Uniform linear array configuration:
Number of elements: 32
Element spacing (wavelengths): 0.75
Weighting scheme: kaiser
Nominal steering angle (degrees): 15
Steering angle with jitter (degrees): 14.014
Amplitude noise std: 0.05
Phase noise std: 0.05

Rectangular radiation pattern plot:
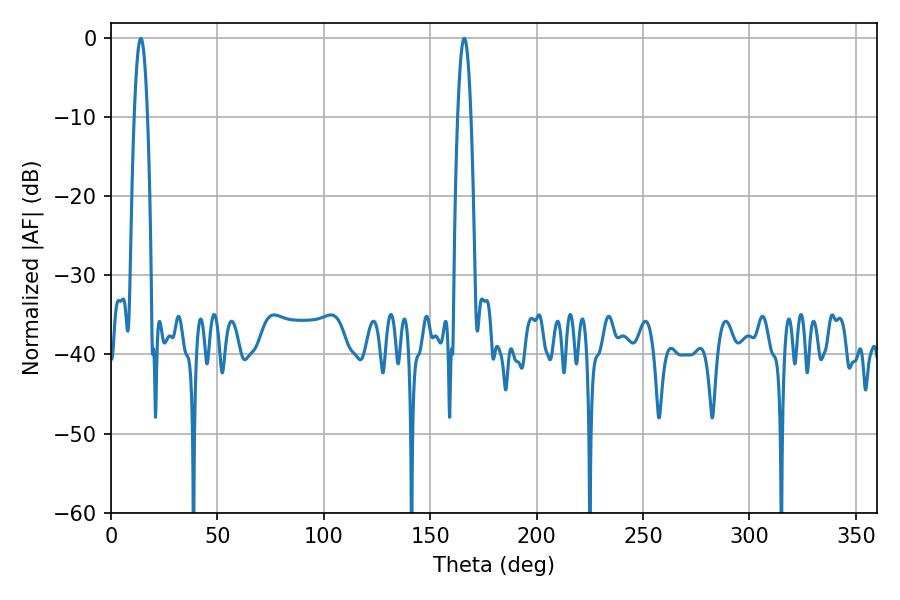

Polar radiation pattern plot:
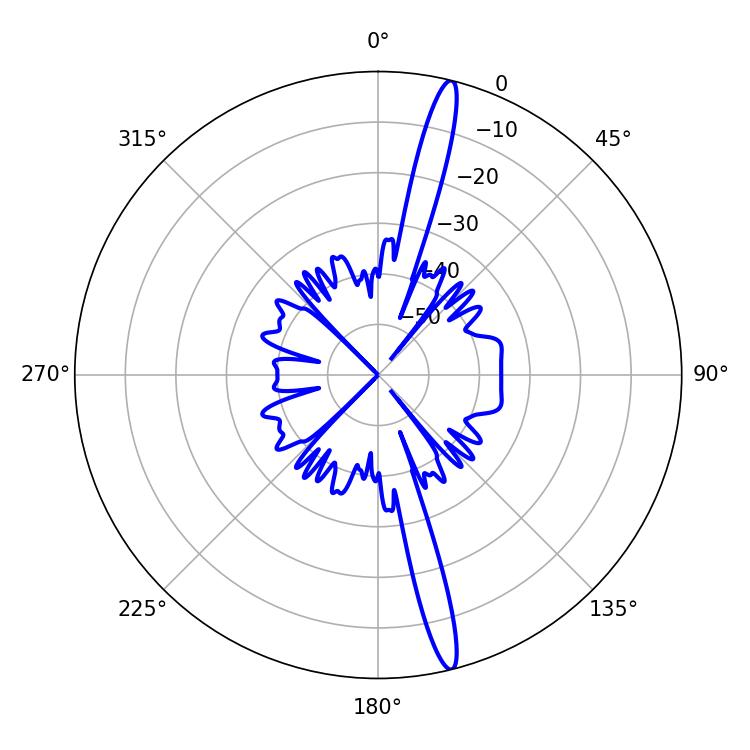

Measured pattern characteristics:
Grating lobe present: TRUE
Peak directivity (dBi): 18.004
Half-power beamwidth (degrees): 3.42
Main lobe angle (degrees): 14.04